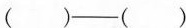
（ ） —— （ ）